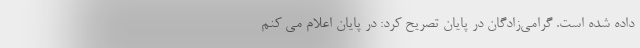
داده شده است. گرامی‌زادگان در پایان تصریح کرد: در پایان اعلام می کنم